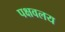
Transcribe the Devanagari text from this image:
पक्षवलय